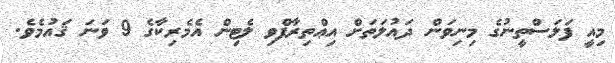
މިއީ ފަލަސްތީނުގެ މިނިވަން ދައުލަތަށް އިޢްތިރާފްވި ލެޓިން އެމެރިކާގެ 9 ވަނަ ޤައުމެވެ.